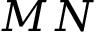
M N